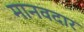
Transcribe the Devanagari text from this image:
मानवदार